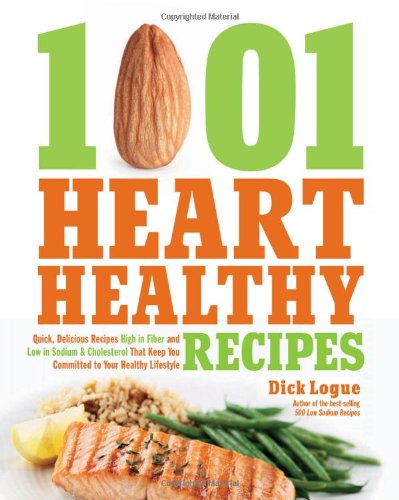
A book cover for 1,001 Heart Healthy Recipes: Quick, Delicious Recipes High in Fiber and Low in Sodium and Cholesterol That Keep You Committed to Your Healthy Lifestyle; Dick Logue; Cookbooks, Food & Wine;